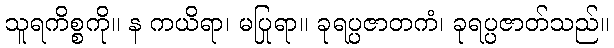
သူရကိစ္စကို။ န ကယိရာ၊ မပြုရာ။ ခုရပ္ပဇာတကံ၊ ခုရပ္ပဇာတ်သည်။